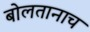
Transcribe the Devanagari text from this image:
बोलतानाच